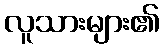
လူသားများ၏